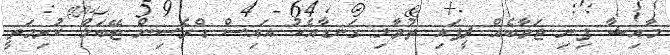
މާއިޝާ ފިނި ޖަވާބެއް ދީފައި ތުވާލި ގަނޑާއެކު އައިސް ޑްރެސިން ޓޭބަލް ކުރިމަތީ